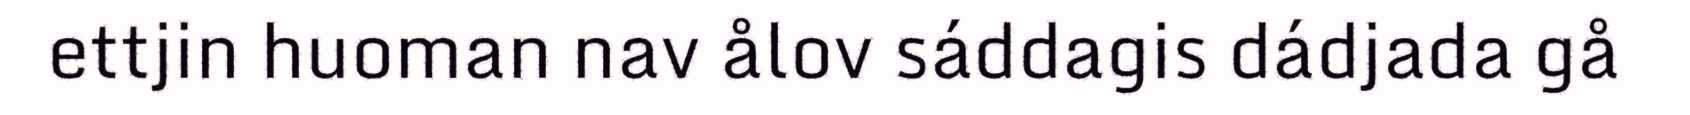
ettjin huoman nav ålov sáddagis dádjada gå